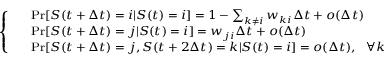
\begin{array} { r } { \footnotesize \left\{ \begin{array} { l l } & { \operatorname* { P r } [ S ( t + \Delta t ) = i | S ( t ) = i ] = 1 - \sum _ { k \neq i } w _ { k i } \Delta t + o ( \Delta t ) } \\ & { \operatorname* { P r } [ S ( t + \Delta t ) = j | S ( t ) = i ] = w _ { j i } \Delta t + o ( \Delta t ) } \\ & { \operatorname* { P r } [ S ( t + \Delta t ) = j , S ( t + 2 \Delta t ) = k | S ( t ) = i ] = o ( \Delta t ) , ~ ~ \forall k } \end{array} \right. } \end{array}